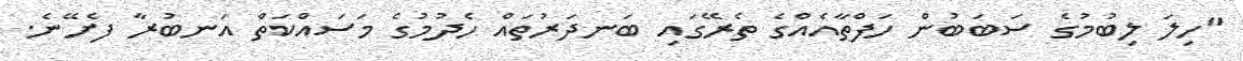
"ހިލަ ލިބުމުގެ ސަބަބުން ހަފްތާއެއްގެ ތެރޭގައި ބަނދަރުތައް ހެދުމުގެ މަސައްކަތް އަނބުރާ ފެށޭނެ.